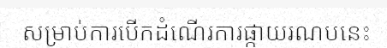
សម្រាប់ការបើកដំណើរការផ្កាយរណបនេះ